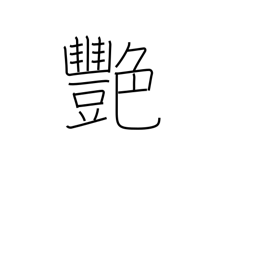
Meaning: luster